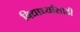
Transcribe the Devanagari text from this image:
विद्यार्थ्‍यांसाठी